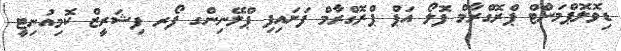
ޑިވޮލޮޕްމަންޓް ޕްރޮގްރާމް ފޮލޯ އަޕް ޕްރޮގްރާމް ފަށައިފި ޕްލޭނިންގ ފޯރ ފިޝަރީޒް ކޮމިއުނިޓީ